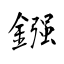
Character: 鏹